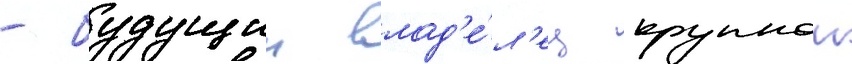
- будущии влад'е́л'ец крупнои